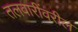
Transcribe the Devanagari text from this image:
तलवारींवरील